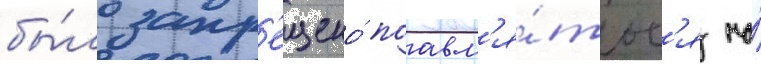
бы́ло запр'ещено́ поавл'я́тьс'я на́